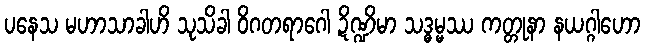
ပနေသ မဟာသာခါဟိ သုသိခါ ဝိဂတရာဂေါ ဍိဏ္ဍိမာ သဒ္ဓမ္မဿ ကတ္တုနာ နယဂ္ဂါဟော